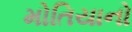
મોતિયાનો